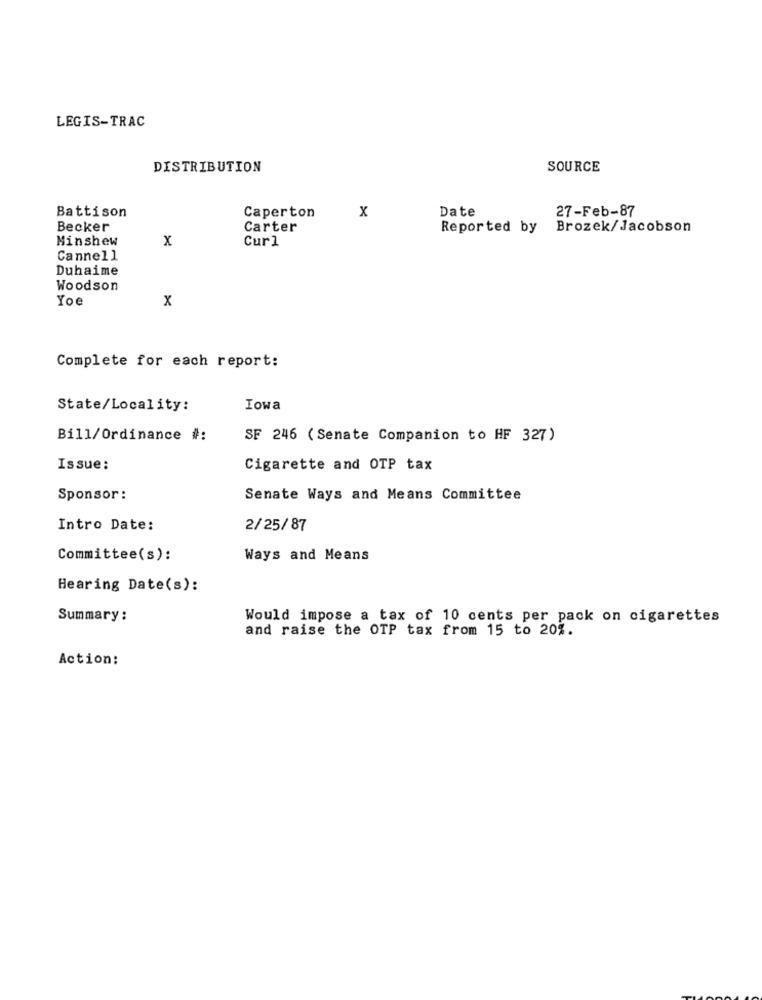
LEGIS-TRAC
DISTRIBUTION
SOURCE
Battison
X
Date
Caperton
27-Feb-87
Becker
Carter
Reported by
Brozek/ Jacobson
Minshew
x
Curl
Cannell
Duhaime
Woodson
Yoe
x
Complete for each report:
State/Locality:
Iowa
Bill/Ordinance #:
SF 246 ( Senate Companion to HF 327)
Issue:
Cigarette and OTP tax
Sponsor :
Senate Ways and Means Committee
Intro Date:
2/25/87
Committee(s):
Ways and Means
Hearing Date(s):
Summary :
Would impose a tax of 10 cents per pack on cigarettes
and raise the OTP tax from 15 to 20%.
Action: